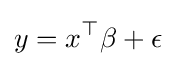
y=x^{\top }\beta +\epsilon